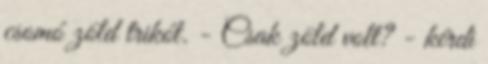
csomó zöld trikót. - Csak zöld volt? - kérdi